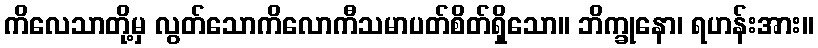
ကိလေသာတို့မှ လွတ်သောကိလောကီသမာပတ်စိတ်ရှိသော။ ဘိက္ခုနော၊ ရဟန်းအား။